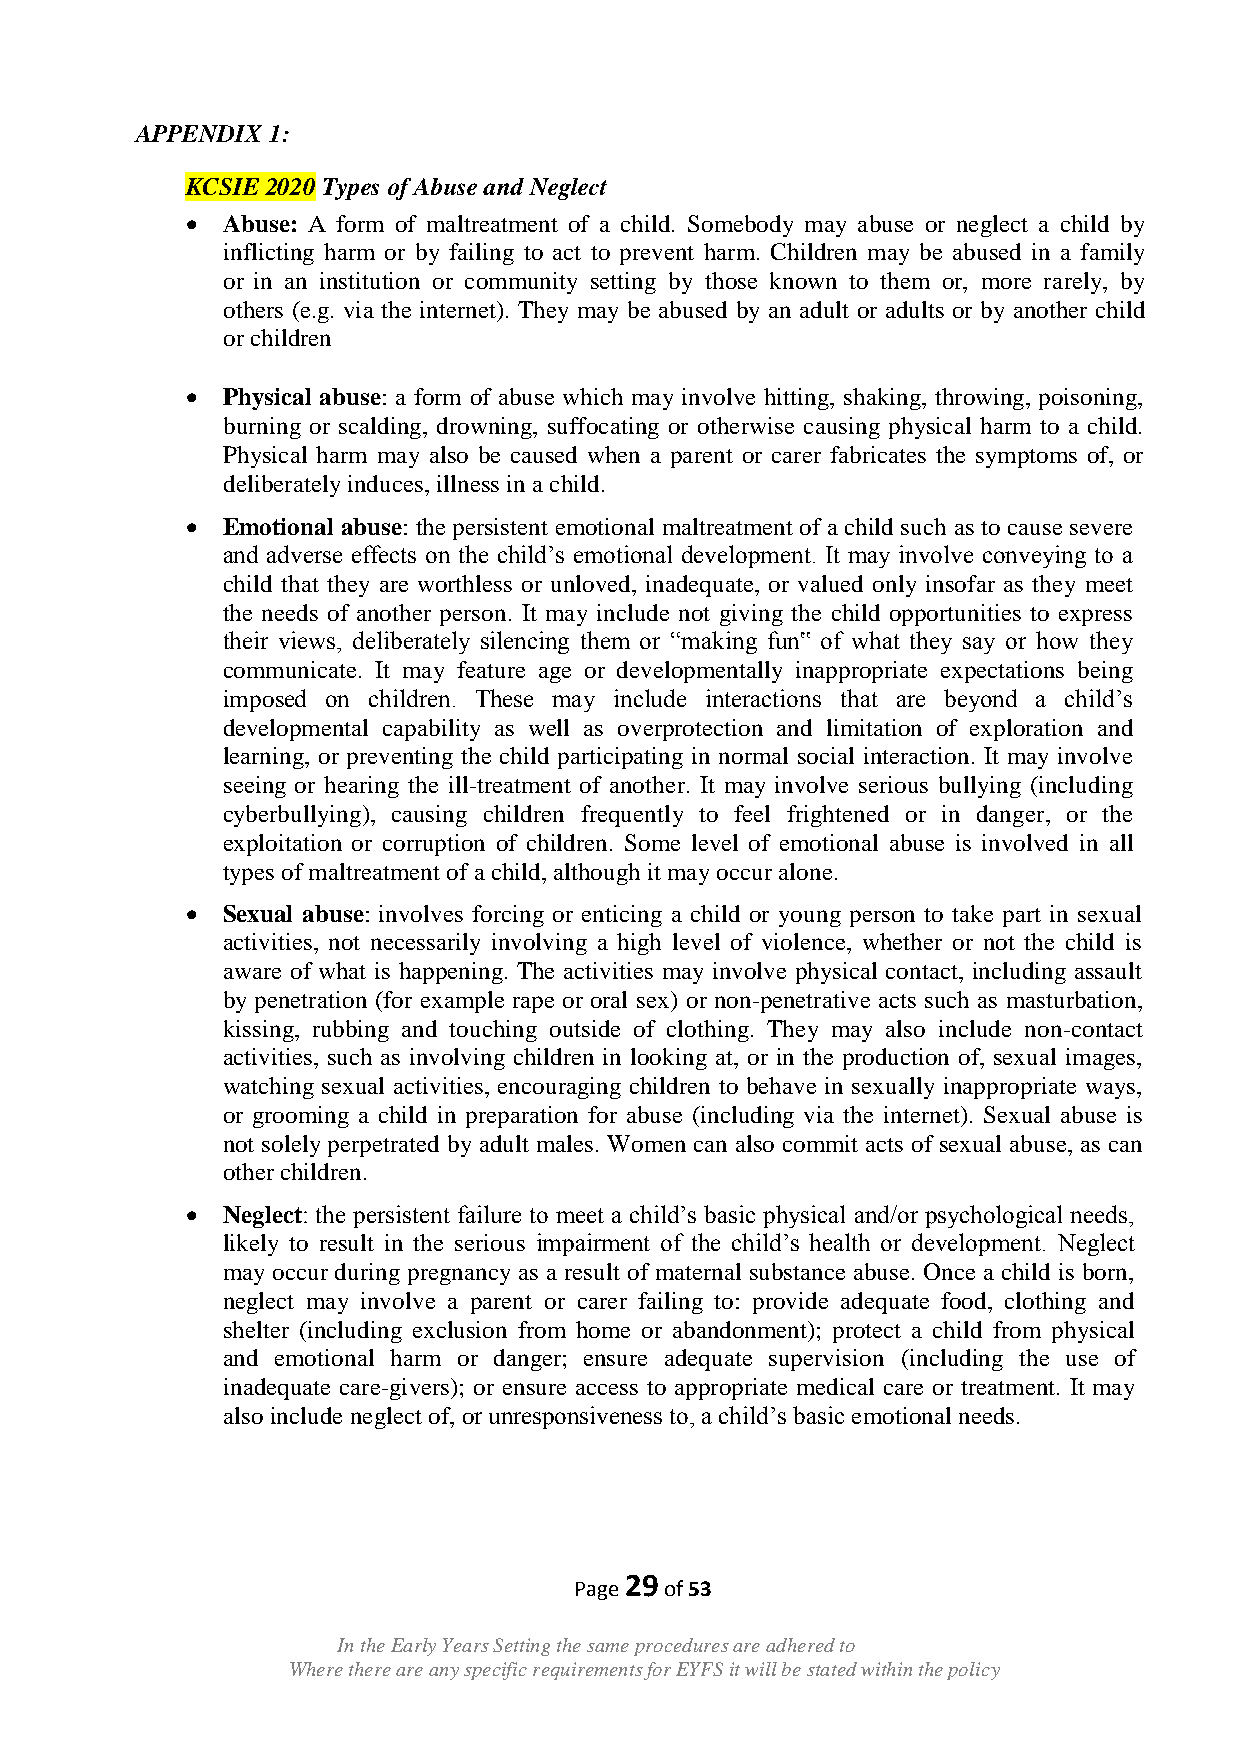
APPENDIX 1:
 KCSIE 2020 Types of Abuse and Neglect
   Abuse: A form of maltreatment of a child. Somebody may abuse or neglect a child by
 inflicting harm or by failing to act to prevent harm. Children may be abused in a family
 or in an institution or community setting by those known to them or, more rarely, by
 others (e.g. via the internet). They may be abused by an adult or adults or by another child
 or children
   Physical abuse: a form of abuse which may involve hitting, shaking, throwing, poisoning,
 burning or scalding, drowning, suffocating or otherwise causing physical harm to a child.
 Physical harm may also be caused when a parent or carer fabricates the symptoms of, or
 deliberately induces, illness in a child.
   Emotional abuse: the persistent emotional maltreatment of a child such as to cause severe
 and adverse effects on the child‟s emotional development. It may involve conveying to a
 child that they are worthless or unloved, inadequate, or valued only insofar as they meet
 the needs of another person. It may include not giving the child opportunities to express
 their views, deliberately silencing them or “making fun‟ of what they say or how they
 communicate. It may feature age or developmentally inappropriate expectations being
 imposed on children. These may include interactions that are beyond a child‟s
 developmental capability as well as overprotection and limitation of exploration and
 learning, or preventing the child participating in normal social interaction. It may involve
 seeing or hearing the ill-treatment of another. It may involve serious bullying (including
 cyberbullying), causing children frequently to feel frightened or in danger, or the
 exploitation or corruption of children. Some level of emotional abuse is involved in all
 types of maltreatment of a child, although it may occur alone.
   Sexual abuse: involves forcing or enticing a child or young person to take part in sexual
 activities, not necessarily involving a high level of violence, whether or not the child is
 aware of what is happening. The activities may involve physical contact, including assault
 by penetration (for example rape or oral sex) or non-penetrative acts such as masturbation,
 kissing, rubbing and touching outside of clothing. They may also include non-contact
 activities, such as involving children in looking at, or in the production of, sexual images,
 watching sexual activities, encouraging children to behave in sexually inappropriate ways,
 or grooming a child in preparation for abuse (including via the internet). Sexual abuse is
 not solely perpetrated by adult males. Women can also commit acts of sexual abuse, as can
 other children.
   Neglect: the persistent failure to meet a child‟s basic physical and/or psychological needs,
 likely to result in the serious impairment of the child‟s health or development. Neglect
 may occur during pregnancy as a result of maternal substance abuse. Once a child is born,
 neglect may involve a parent or carer failing to: provide adequate food, clothing and
 shelter (including exclusion from home or abandonment); protect a child from physical
 and emotional harm or danger; ensure adequate supervision (including the use of
 inadequate care-givers); or ensure access to appropriate medical care or treatment. It may
 also include neglect of, or unresponsiveness to, a child‟s basic emotional needs.
 29
 Page  of 53
 In the Early Years Setting the same procedures are adhered to
 Where there are any specific requirements for EYFS it will be stated within the policy